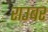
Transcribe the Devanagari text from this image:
राउबर